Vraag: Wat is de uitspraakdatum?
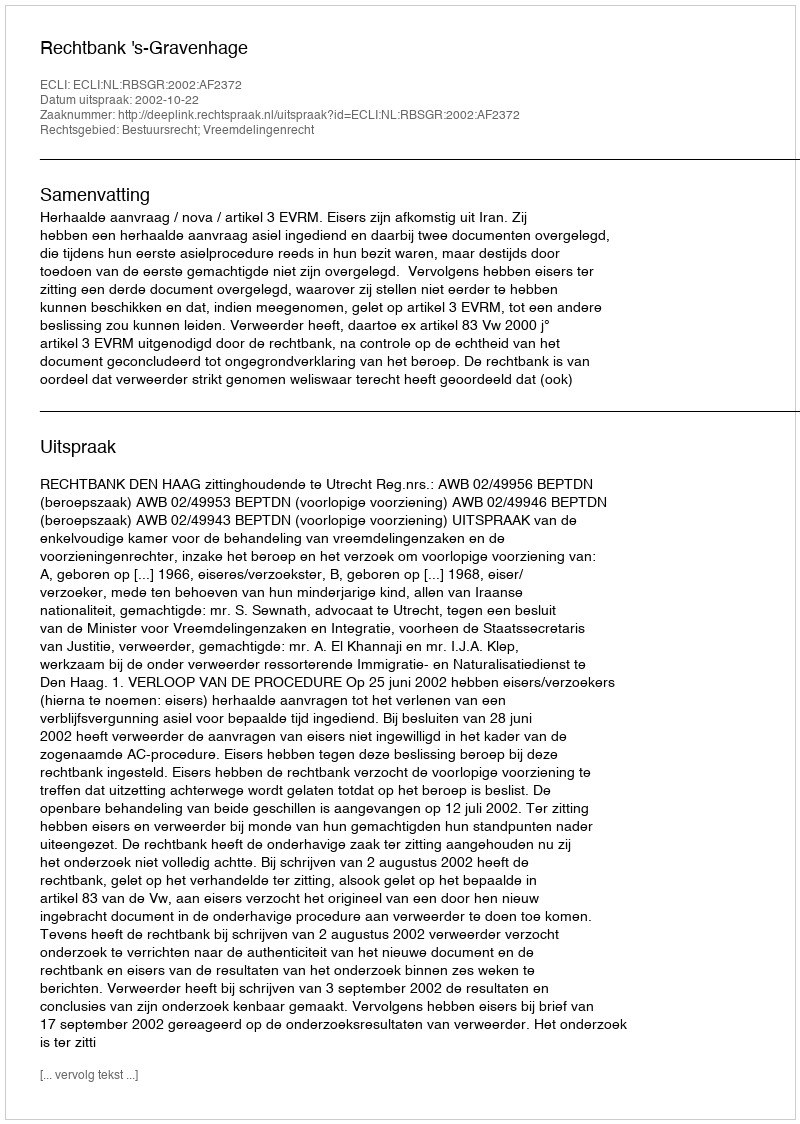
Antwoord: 2002-10-22